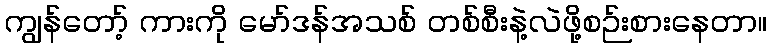
ကျွန်တော့် ကားကို မော်ဒန်အသစ် တစ်စီးနဲ့လဲဖို့စဉ်းစားနေတာ။